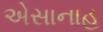
એસાનાહ